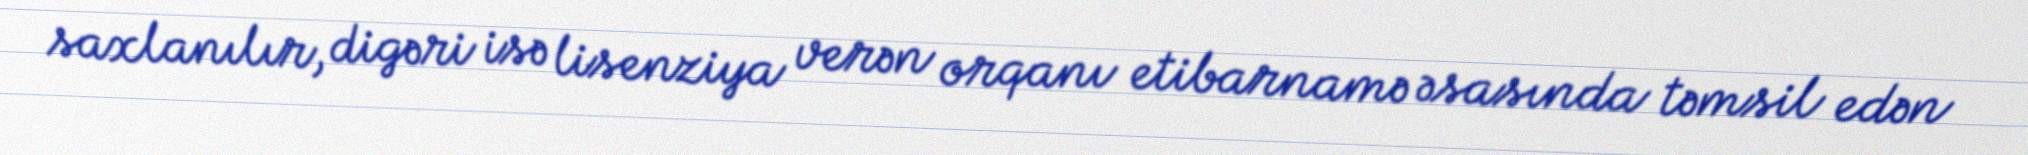
saxlanılır, digəri isə lisenziya verən orqanı etibarnamə əsasında təmsil edən